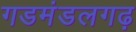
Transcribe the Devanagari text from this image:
गडमंडलगढ़